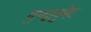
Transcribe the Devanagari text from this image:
गुण्द्लुपेट